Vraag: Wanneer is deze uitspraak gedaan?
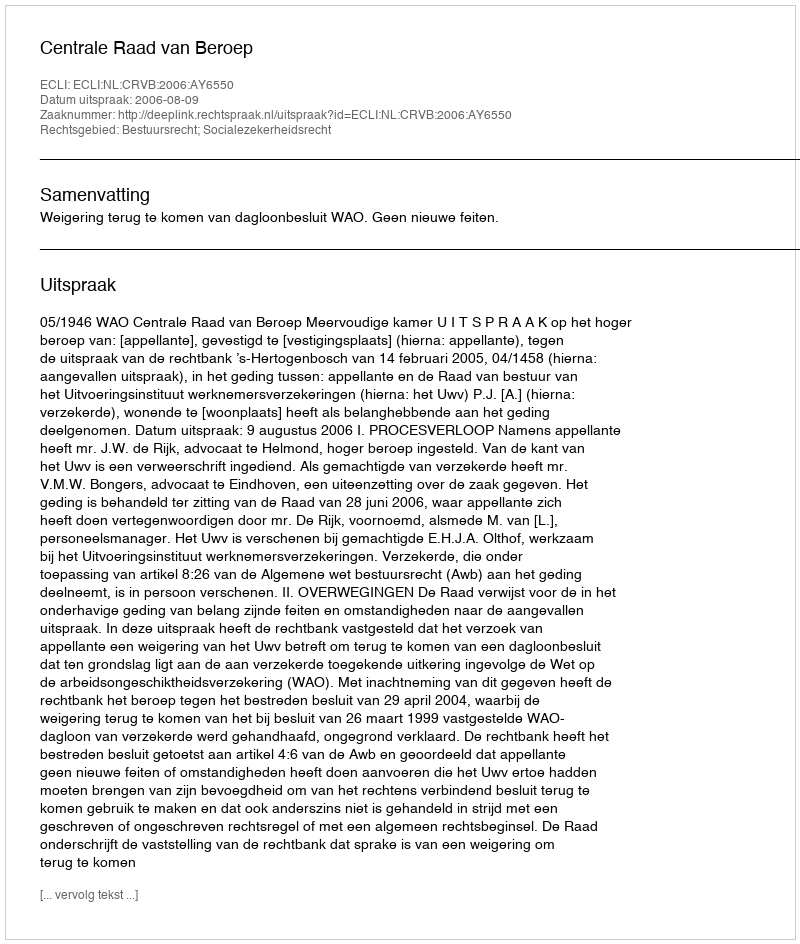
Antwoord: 2006-08-09